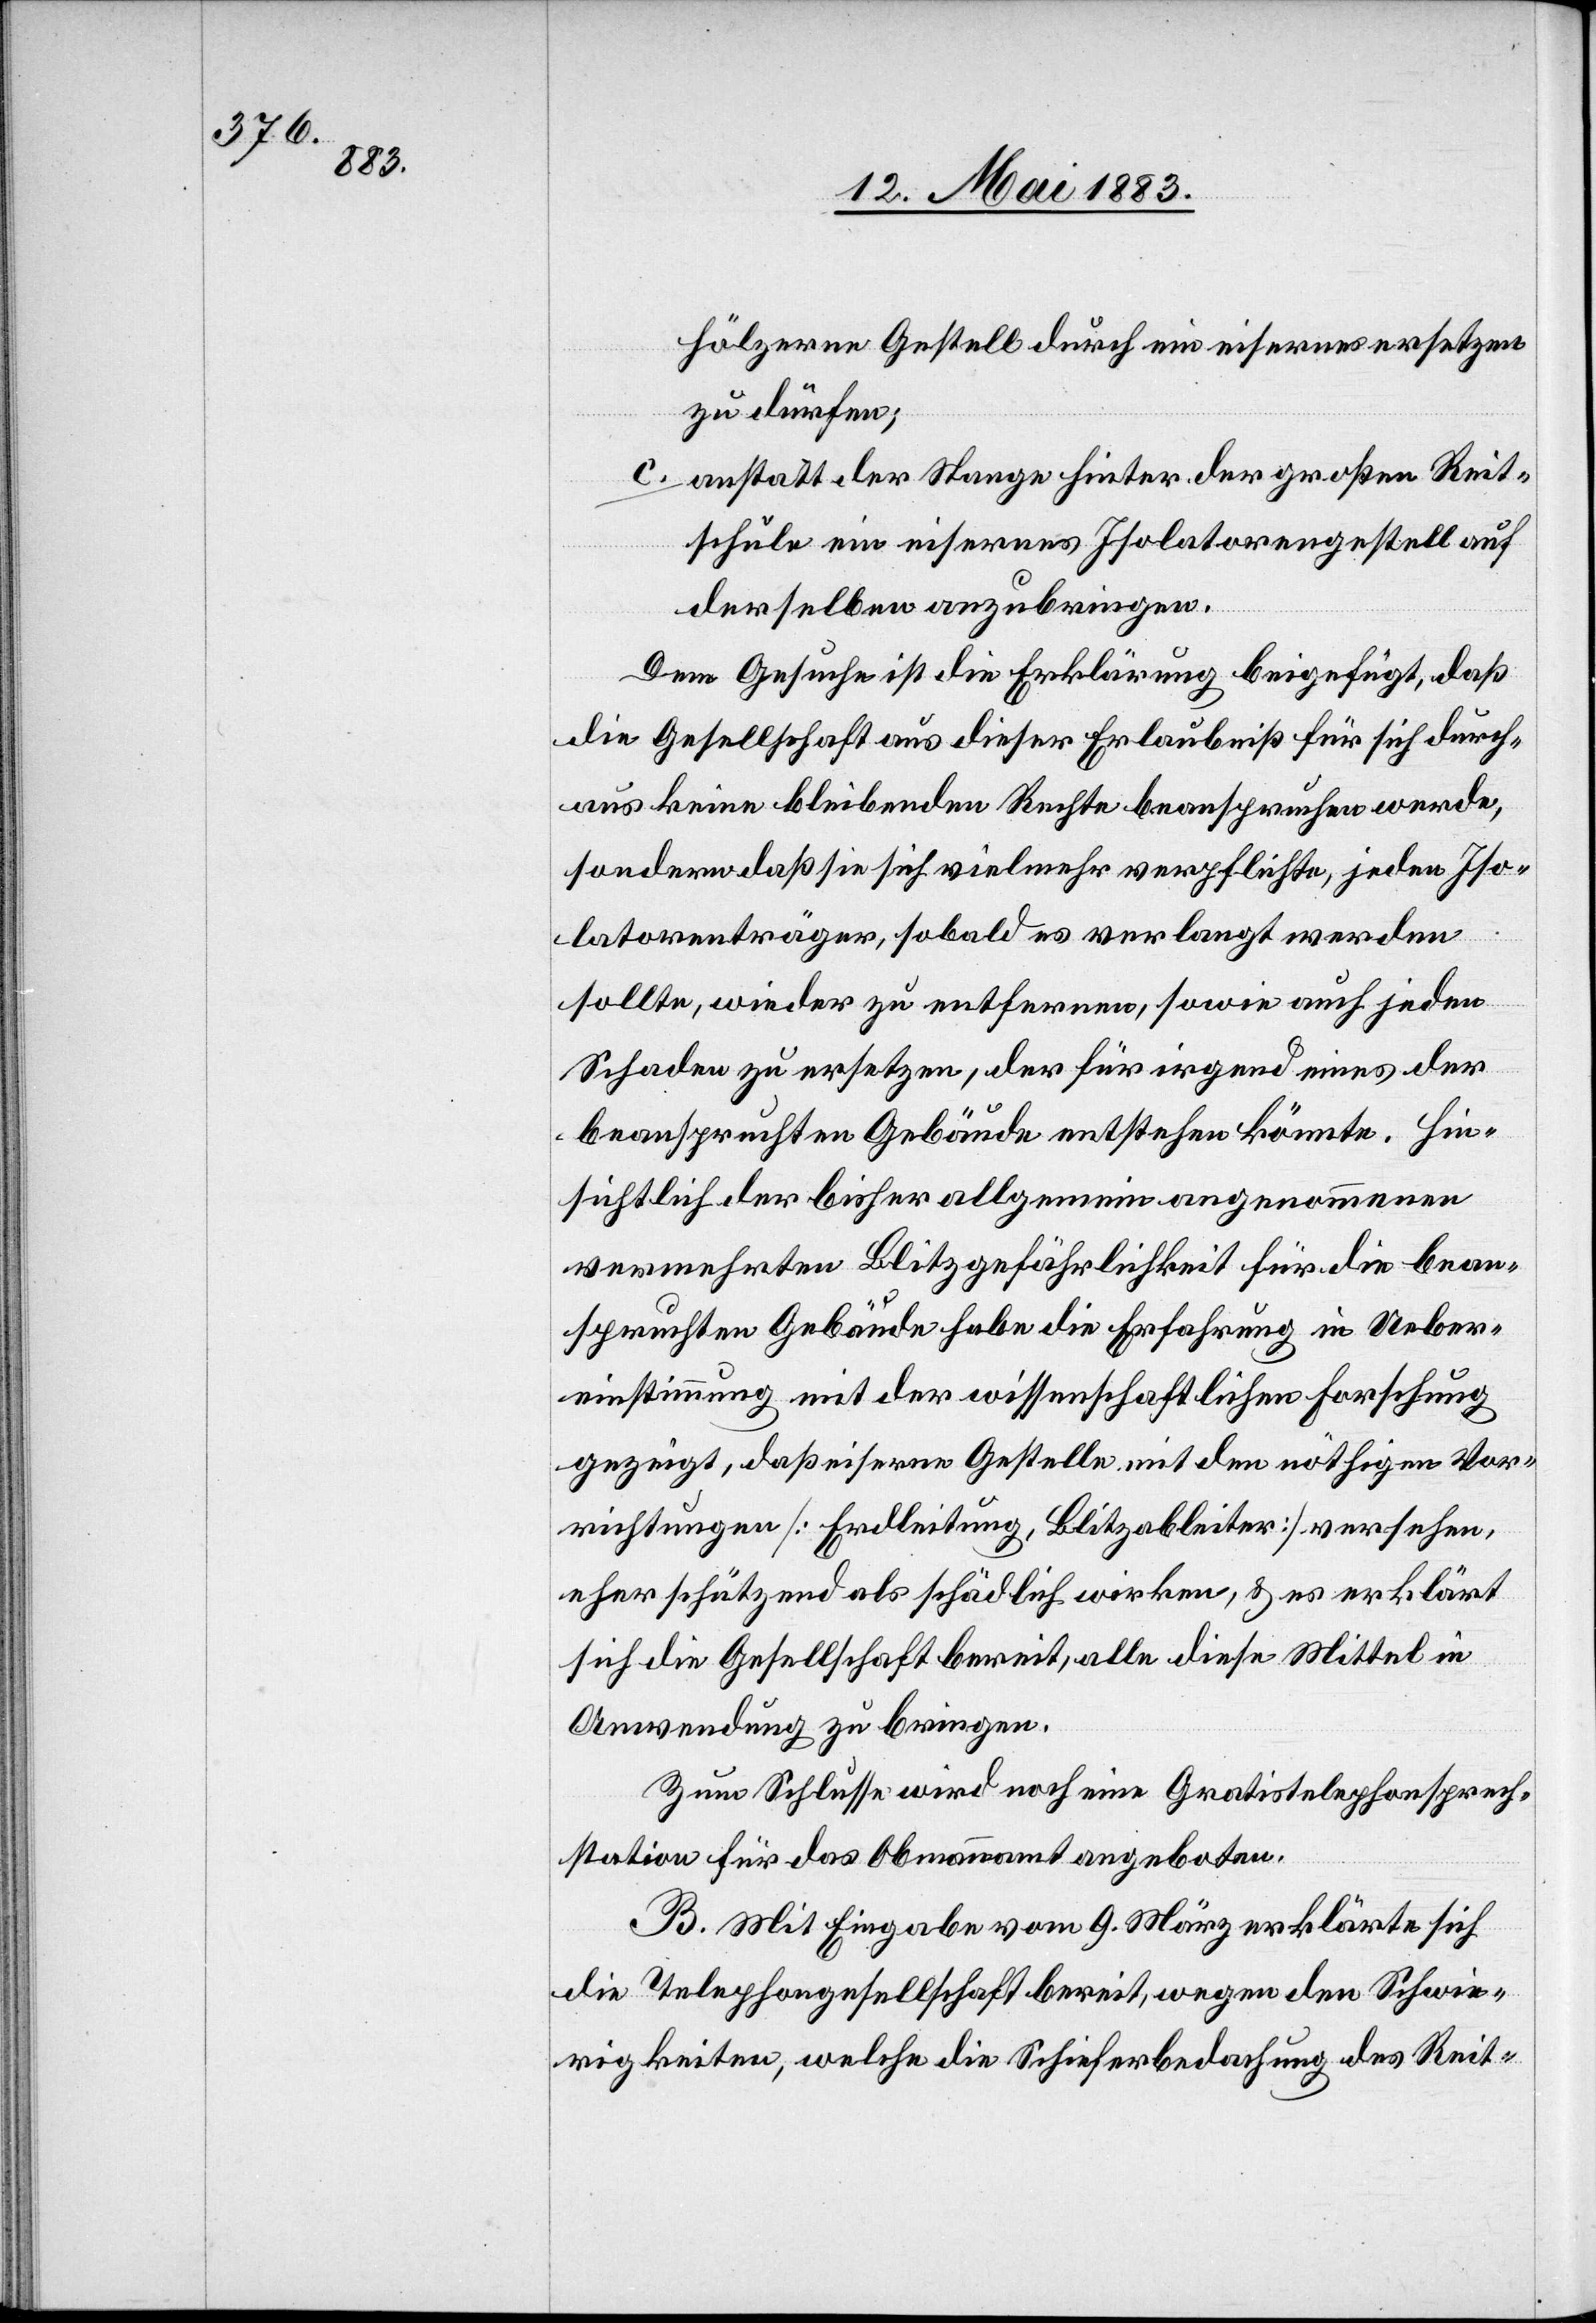
hölzernen Gestell durch ein eisernes ersetzen
zu dürfen;
c. anstatt der Stange hinter der großen Reit¬
schule ein eisernes Isolatorengestell auf
derselben anzubringen.
Dem Gesuche ist die Erklärung beigefügt, daß
die Gesellschaft aus dieser Erlaubniß für sich durch¬
aus keine bleibenden Rechte beanspruchen werde,
sondern daß sie sich vielmehr verpflichte, jeden Iso¬
latorenträger, sobald es verlangt werden
sollte, wieder zu entfernen, sowie auch jeden
Schaden zu ersetzen, der für irgend eines der
beanspruchten Gebäude entstehen könnte. Hin¬
sichtlich der bisher allgemeinen angenommenen
vermehrten Blitzgefährlichkeit für die bean¬
spruchten Gebäude habe die Erfahrung in Ueber¬
einstimmung mit der wissenschaftlichen Forschung
gezeigt, daß eiserne Gestelle mit den nöthigen Vor¬
richtungen [Erdleitung, Blitzableiter] versehen,
eher schätzend als schädlich wirken, & es erklärt
sich die Gesellschaft bereit, alle diese Mittel in
Anwendung zu bringen.
Zum Schlusse wird noch eine Gratistelephonsprech¬
station für das Obmannammt angeboten.
B. Mit Eingabe vom 9. März erklärte sich
die Telephongesellschaft bereit, wegen den Schwie¬
rigkeiten, welche die Schieferbedachung des Reit-